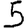
Digit: 5